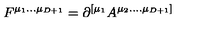
F ^ { \mu _ { 1 } . . . \mu _ { D + 1 } } = \partial ^ { [ \mu _ { 1 } } A ^ { \mu _ { 2 } . . . . \mu _ { D + 1 } ] }